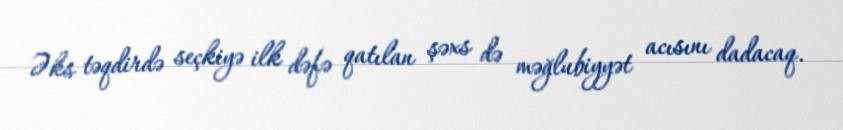
Əks təqdirdə seçkiyə ilk dəfə qatılan şəxs də məğlubiyyət acısını dadacaq.